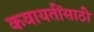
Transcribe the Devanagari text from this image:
कवायतींसाठी